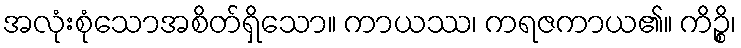
အလုံးစုံသောအစိတ်ရှိသော။ ကာယဿ၊ ကရဇကာယ၏။ ကိဉ္စိ၊